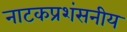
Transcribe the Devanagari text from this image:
नाटकप्रशंसनीय